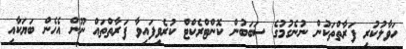
ހަވާލުކުރި ފަރާތްތަކުން ނުނެގުމުގެ ސަބަބުން ކޮންޓްރެކްޓް ކުރެވިފައިވާ ފަރާތްތައް ނޫން އެހެން ބަޔަކާއި